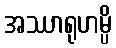
အဿာရုဟမ္ပိ